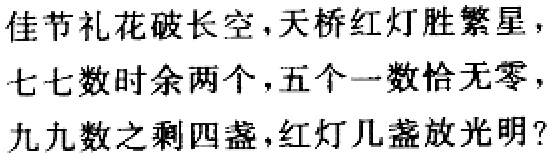
佳节礼花破长空，天桥红灯胜繁星，

七七数时余两个，五个一数恰无零，

九九数之剩四盏，红灯几盏放光明？